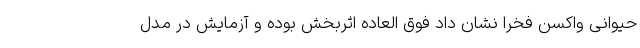
حیوانی واکسن فخرا نشان داد فوق العاده اثربخش بوده و آزمایش در مدل